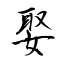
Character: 娶